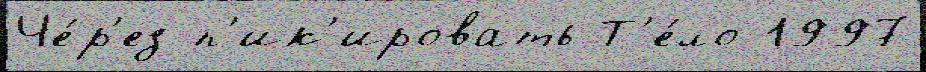
Че́р'ез п'ик'ировать Т'е́ло 1997